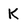
Character: K